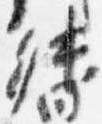
督